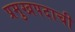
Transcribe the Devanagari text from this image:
प्रमुखपदाची